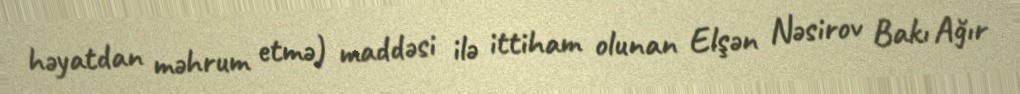
həyatdan məhrum etmə) maddəsi ilə ittiham olunan Elşən Nəsirov Bakı Ağır